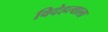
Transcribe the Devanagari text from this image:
विदेहत्वाला